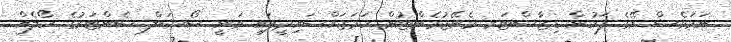
ނަމަވެސް އޭގެ ފަހުން ޑިޒާސްޓަރ މެނޭޖުމެންޓުން ހަމަޖައްސައިދީފައި ވަނީ ސޯޝަލް ސެންޓަރުގެ ހޯލެއް